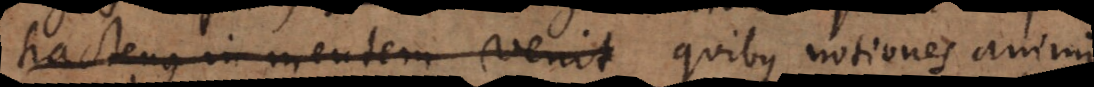
hactenus in mentem venit quibus notiones animi